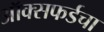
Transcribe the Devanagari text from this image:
ऑक्सफर्डचा